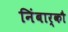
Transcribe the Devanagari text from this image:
निंबार्कौ